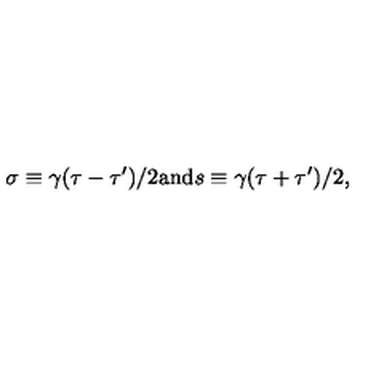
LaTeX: \sigma \equiv \gamma ( { \tau - \tau ^ { \prime } } ) / { 2 } \mathrm { a n d } s \equiv \gamma ( { \tau + \tau ^ { \prime } } ) / { 2 } ,